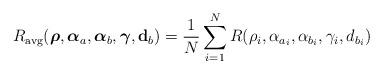
LaTeX: \begin{align*}R_{\mathrm{avg}}(\boldsymbol{\rho},\boldsymbol{\alpha}_a,\boldsymbol{\alpha}_b,\boldsymbol{\gamma},\mathbf{d}_b)=\frac{1}{N}\sum_{i=1}^{N}R(\rho_i, \alpha_{a_i},\alpha_{b_i}, \gamma_i,d_{b_i})\end{align*}